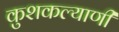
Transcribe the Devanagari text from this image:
कुशकल्याणी